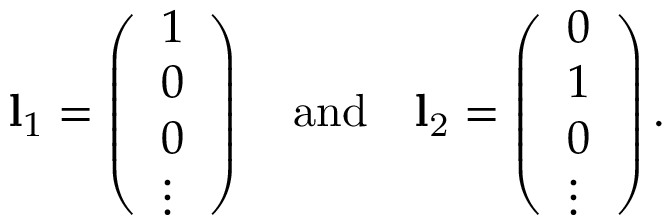
\mathbf { l } _ { 1 } = \left( \begin{array} { l } { 1 } \\ { 0 } \\ { 0 } \\ { \vdots } \end{array} \right) \quad \mathrm { { a n d } \quad \mathbf { l } _ { 2 } = \left( \begin{array} { l } { 0 } \\ { 1 } \\ { 0 } \\ { \vdots } \end{array} \right) . }